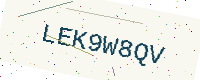
Text: LEK9W8QV